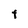
Character: F